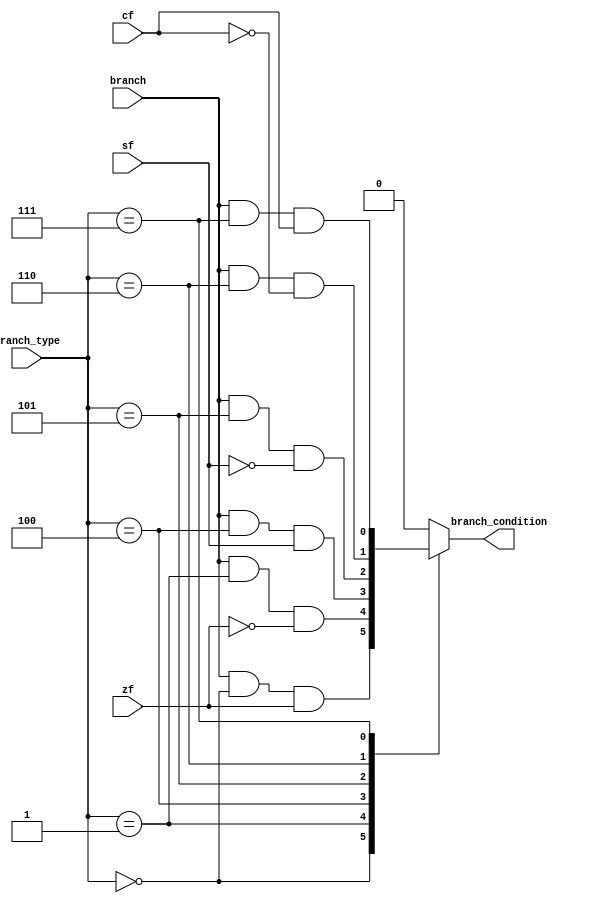
`timescale 1ns / 1ps
//////////////////////////////////////////////////////////////////////////////////
// Company: 
// Engineer: 
// 
// Design Name: 
// Module Name: branch_CU
// Project Name: 
// Target Devices: 
// Tool Versions: 
// Description: 
// 
// Dependencies: 
// 
// Revision:
// Revision 0.01 - File Created
// Additional Comments:
// 
//////////////////////////////////////////////////////////////////////////////////


module branch_CU (
    input [2:0] branch_type,
    input branch, cf, zf, sf,
    output reg branch_condition

);

reg beq, bne, blt, bge, bltu, bgeu;

    
always @ (*) begin
beq =  branch & (branch_type == 3'b000) & zf;
bne =  branch & (branch_type == 3'b001) & ~zf;
blt =  branch & (branch_type == 3'b100) & sf;
bge =  branch & (branch_type == 3'b101) & ~sf;
bltu = branch & (branch_type == 3'b110) & ~cf;
bgeu = branch & (branch_type == 3'b111) & cf;

case(branch_type)
    3'b000: branch_condition = beq;
    3'b001: branch_condition = bne;
    3'b100: branch_condition = blt;
    3'b101: branch_condition = bge;
    3'b110: branch_condition = bltu;
    3'b111: branch_condition = bgeu;
    default: branch_condition = 0;

endcase


end





endmodule